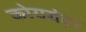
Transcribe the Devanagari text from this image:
कोयबंटूर